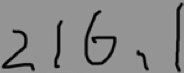
2 1 6 , 1